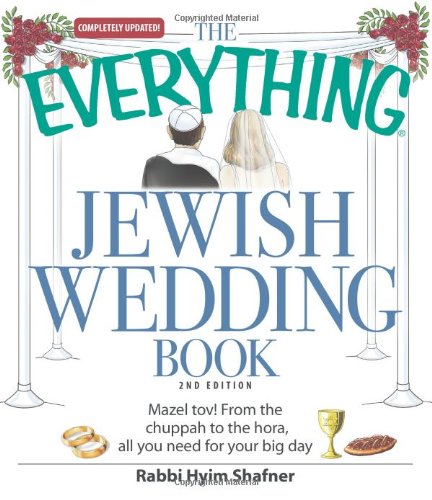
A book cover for The Everything Jewish Wedding Book: Mazel tov! From the chuppah to the hora, all you need for your big day (EverythingÂ® Kids); Rabbi Hyim Shafner; Crafts, Hobbies & Home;